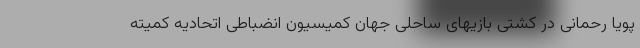
پویا رحمانی در کشتی بازیهای ساحلی جهان کمیسیون انضباطی اتحادیه کمیته